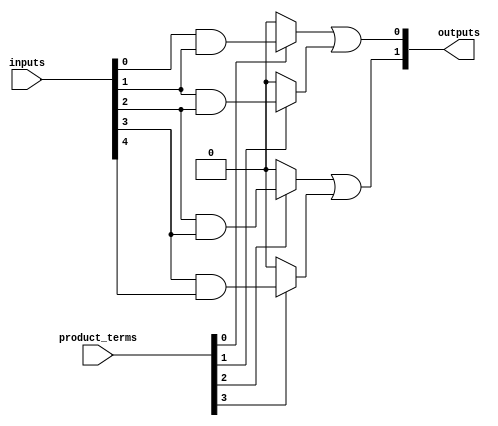
module HS_PAL (
    input wire [N-1:0] inputs,          // N input signals
    input wire [M-1:0] product_terms,    // M product terms to enable specific AND gates
    output wire [P-1:0] outputs          // P output signals
);
    parameter N = 8; // Number of input signals
    parameter M = 4; // Number of product terms
    parameter P = 2; // Number of output signals

    // Programmable AND Array
    wire [M-1:0] and_out; // Outputs from AND gates

    // Example AND gate configurations
    assign and_out[0] = (product_terms[0]) ? (inputs[0] & inputs[1]) : 1'b0;
    assign and_out[1] = (product_terms[1]) ? (inputs[1] & inputs[2]) : 1'b0;
    assign and_out[2] = (product_terms[2]) ? (inputs[2] & inputs[3]) : 1'b0;
    assign and_out[3] = (product_terms[3]) ? (inputs[3] & inputs[4]) : 1'b0;

    // Fixed OR Array
    assign outputs[0] = and_out[0] | and_out[1]; // First output logic function
    assign outputs[1] = and_out[2] | and_out[3]; // Second output logic function

endmodule